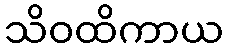
သိဝထိကာယ